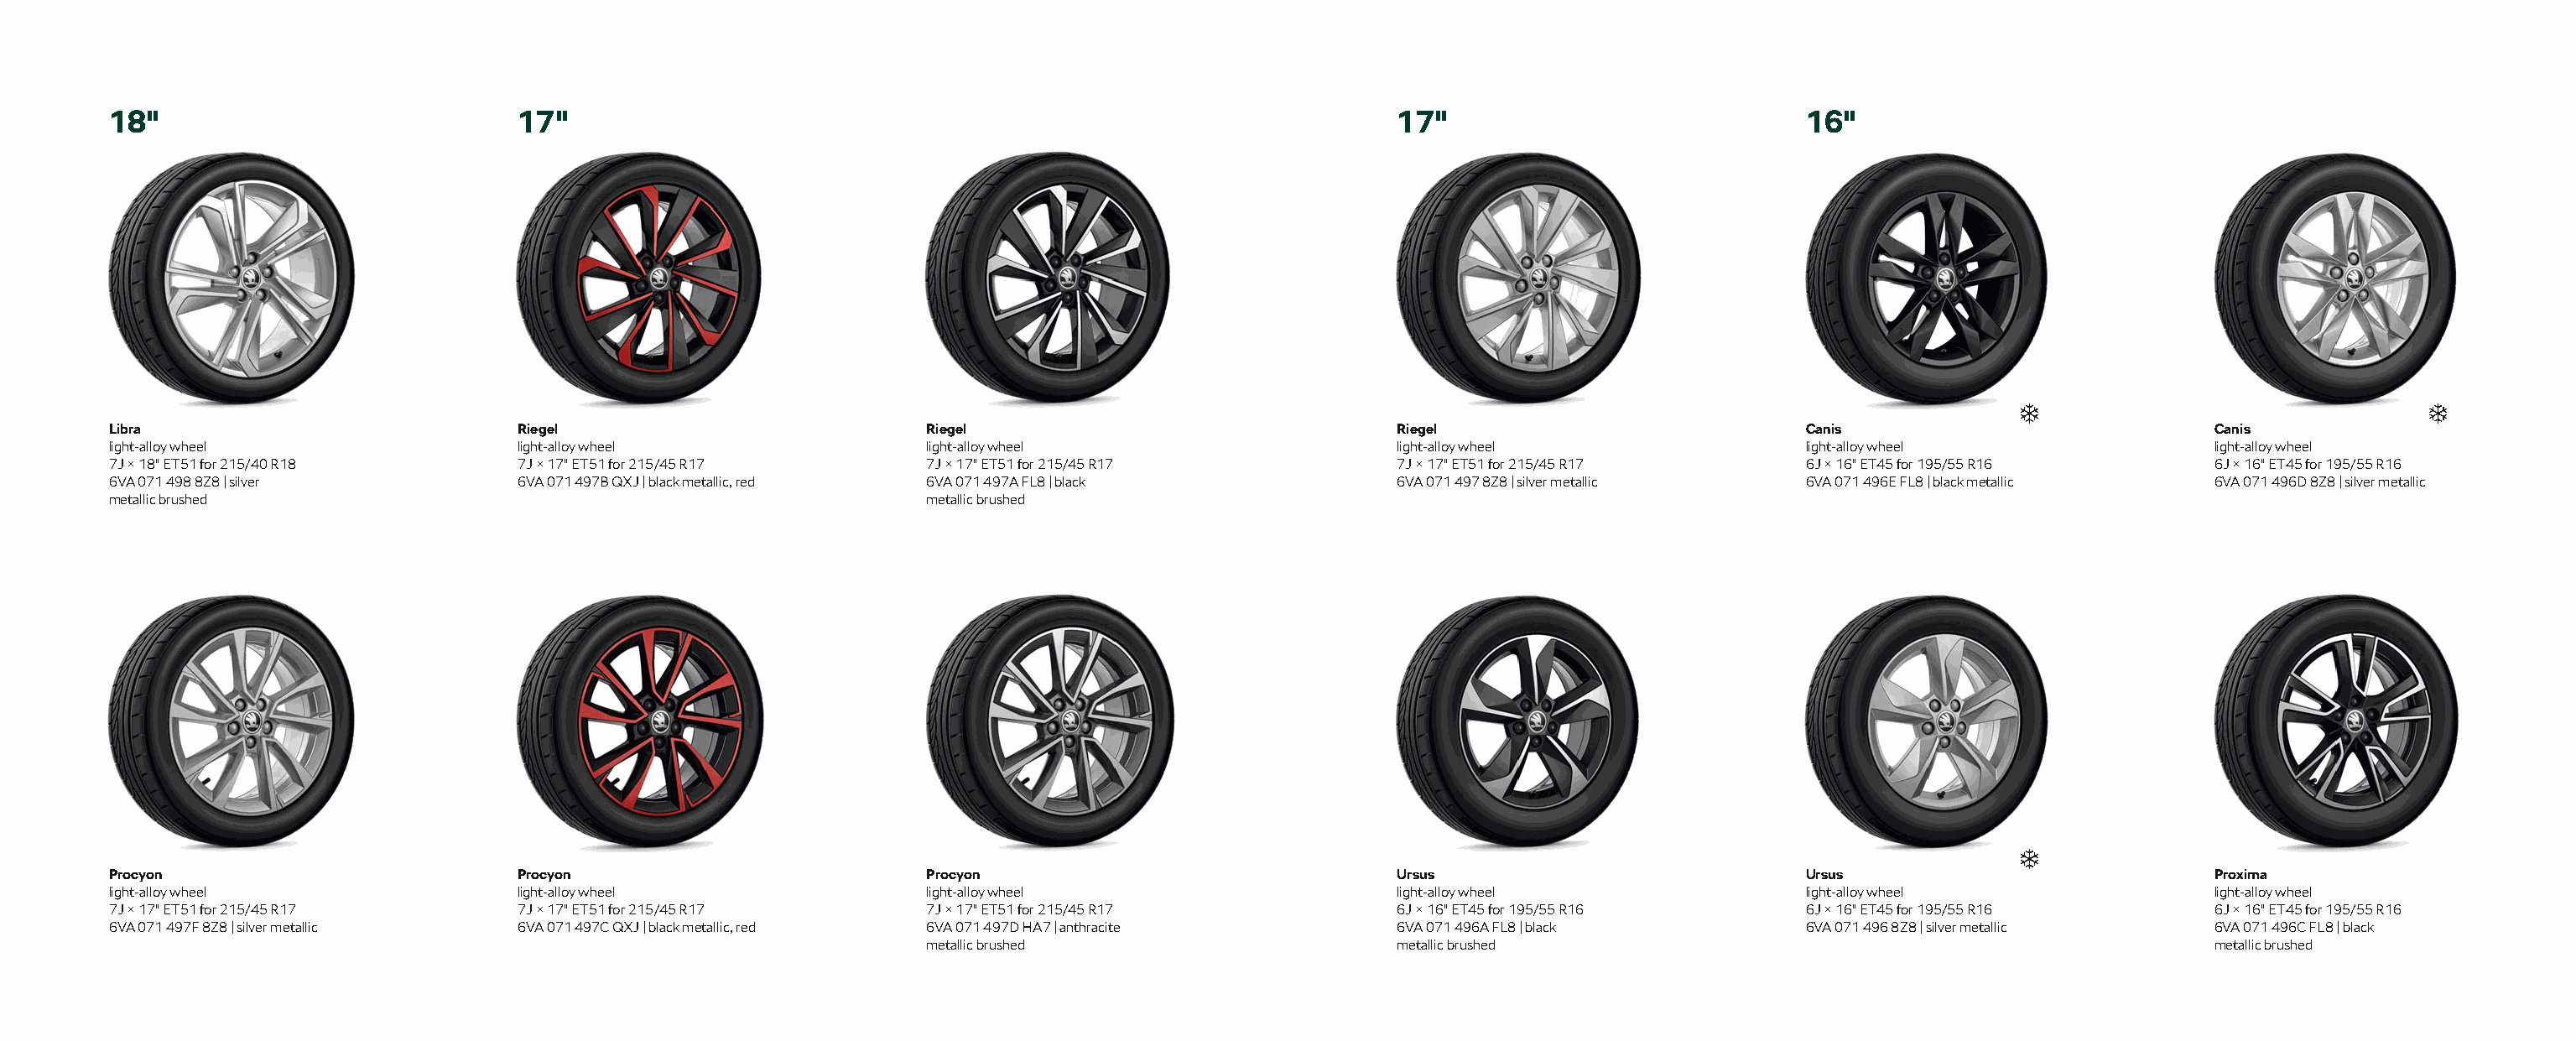
18"                             17"                                                                  17"                              16"
 Libra                           Riegel                          Riegel                               Riegel                           Canis                           Canis
 light-alloy wheel               light-alloy wheel               light-alloy wheel                    light-alloy wheel                light-alloy wheel               light-alloy wheel
 7J × 18" ET51 for 215/40 R18    7J × 17" ET51 for 215/45 R17    7J × 17" ET51 for 215/45 R17         7J × 17" ET51 for 215/45 R17     6J × 16" ET45 for 195/55 R16    6J × 16" ET45 for 195/55 R16
 6VA 071 498 8Z8 | silver        6VA 071 497B QXJ | black metallic, red 6VA 071 497A FL8 | black      6VA 071 497 8Z8 | silver metallic 6VA 071 496E FL8 | black metallic 6VA 071 496D 8Z8 | silver metallic
 metallic brushed                                                metallic brushed
 Procyon                         Procyon                         Procyon                              Ursus                            Ursus                           Proxima
 light-alloy wheel               light-alloy wheel               light-alloy wheel                    light-alloy wheel                light-alloy wheel               light-alloy wheel
 7J × 17" ET51 for 215/45 R17    7J × 17" ET51 for 215/45 R17    7J × 17" ET51 for 215/45 R17         6J × 16" ET45 for 195/55 R16     6J × 16" ET45 for 195/55 R16    6J × 16" ET45 for 195/55 R16
 6VA 071 497F 8Z8 | silver metallic 6VA 071 497C QXJ | black metallic, red 6VA 071 497D HA7 | anthracite 6VA 071 496A FL8 | black      6VA 071 496 8Z8 | silver metallic 6VA 071 496C FL8 | black
 metallic brushed                     metallic brushed                                                 metallic brushed